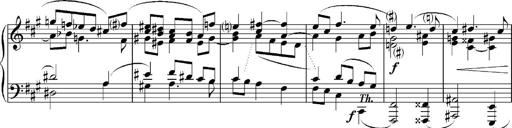
Title: Sonatina No.5
Composer: Otto Stoll
Key: F-sharp minor